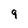
Character: 9